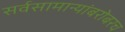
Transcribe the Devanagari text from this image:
सर्वसामान्यांबरोबरच